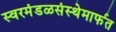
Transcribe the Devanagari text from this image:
स्वरमंडळसंस्थेमार्फत